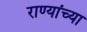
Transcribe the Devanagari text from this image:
राण्यांच्या